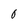
Character: 0